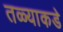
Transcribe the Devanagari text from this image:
तळ्याकडे